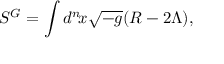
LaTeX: S ^ { G } = \int d ^ { n } \! x \sqrt { - g } ( R - 2 \Lambda ) ,